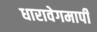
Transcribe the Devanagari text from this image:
धारावेगमापी